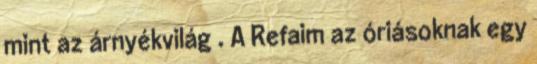
mint az árnyékvilág . A Refaim az óriásoknak egy